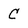
Character: C